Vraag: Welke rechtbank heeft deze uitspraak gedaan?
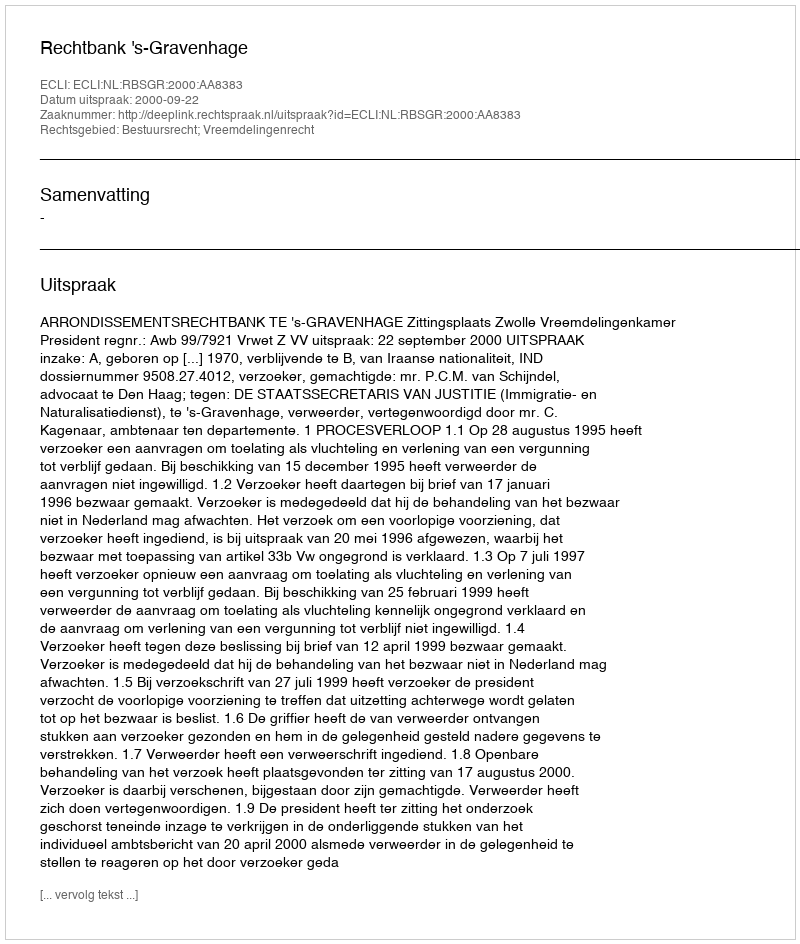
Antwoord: Rechtbank 's-Gravenhage